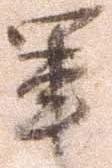
軍